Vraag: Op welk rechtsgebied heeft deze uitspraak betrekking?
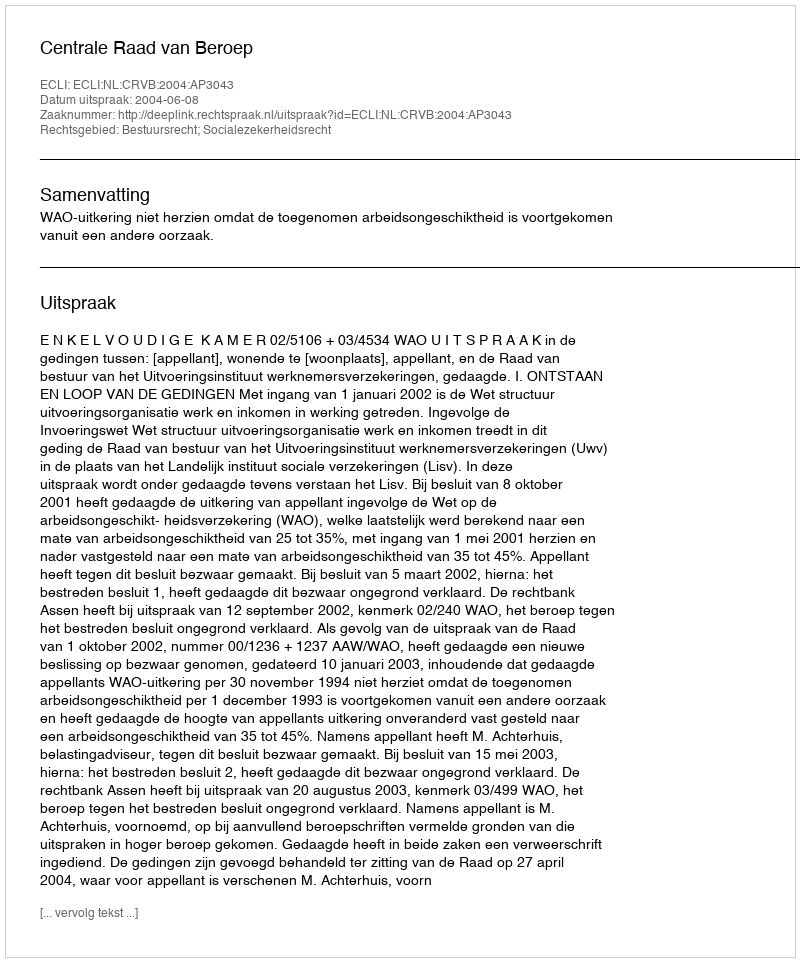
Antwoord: Bestuursrecht; Socialezekerheidsrecht